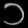
Digit: ၁